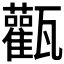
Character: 𤮴